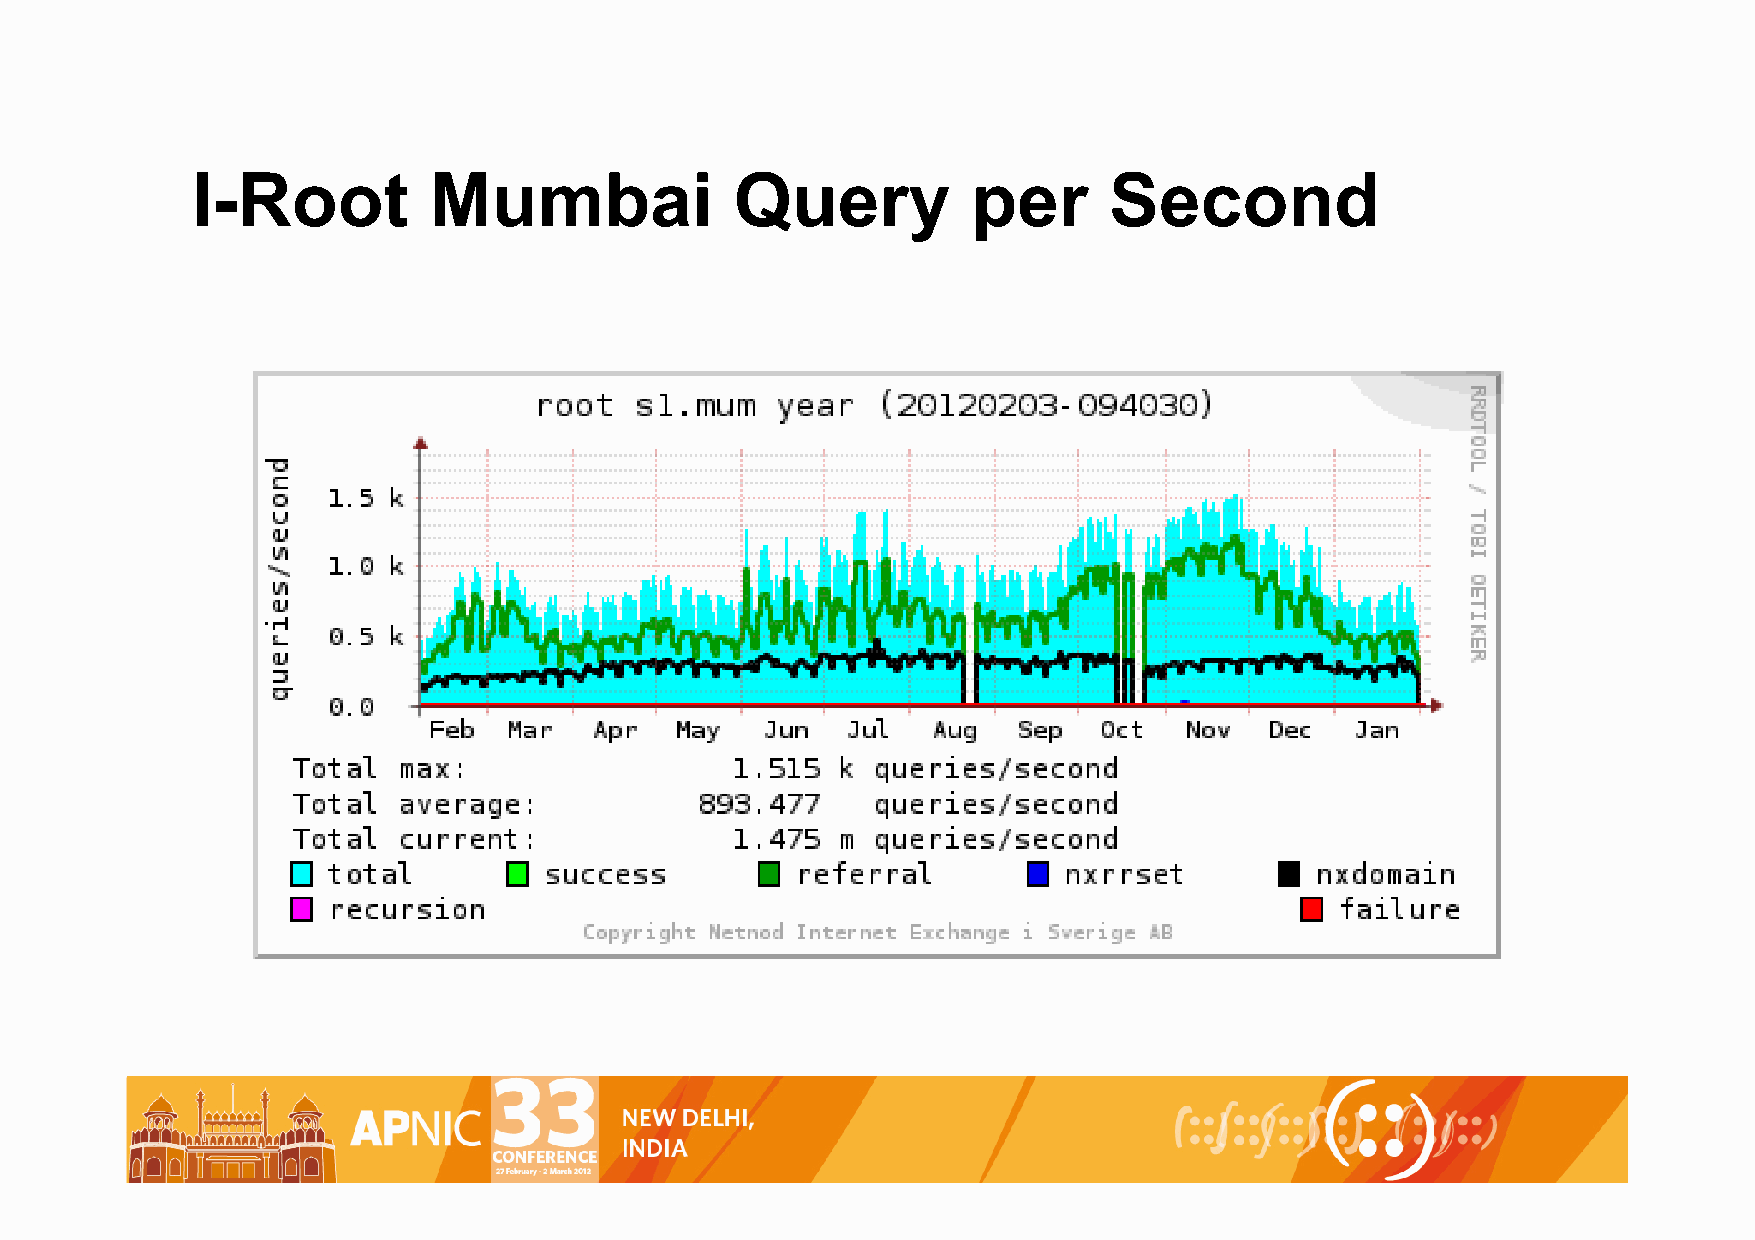
I-Root         Mumbai               Query          per      Second